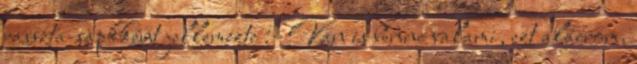
rasszta-sapkként jellemezte :- Van is benne valami, ezt aláírom.